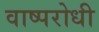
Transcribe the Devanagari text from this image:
वाष्परोधी